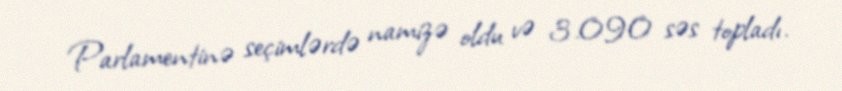
Parlamentinə seçimlərdə namizə oldu və 3.090 səs topladı.